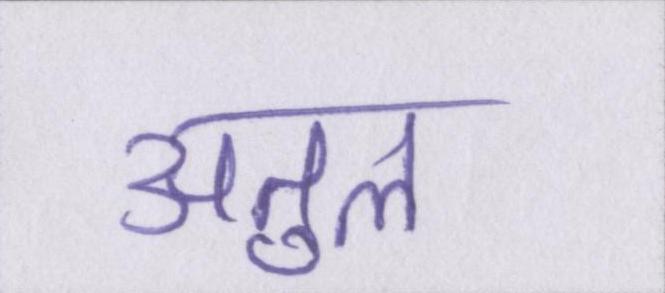
अतुल